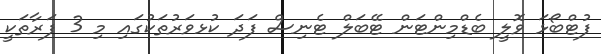
ފުޓްބޯޅަ ވޮލީ ބެޑްމިންޓަން ޓޭބަލް ޓެނިސް ފަދަ ކުޅވަރުތަކުގައި މި 3 ފަރާތަކީ